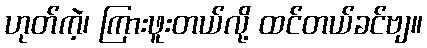
ဟုတ်ကဲ့၊ ကြားဖူးတယ်လို့ ထင်တယ်ခင်ဗျ။